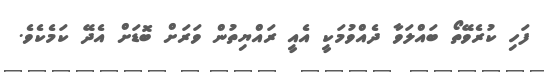
ފަހި ކުރެވޭތޯ ބައްލަވާ ދެއްވުމަކީ އެއީ ރައްޔިތުން ވަރަށް ބޮޑަށް އެދޭ ކަމެކެވެ.